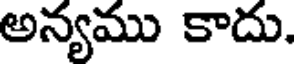
అన్యము కాదు.